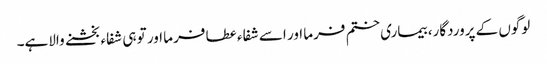
لوگوں کے پروردگار، بیماری ختم فرما اور اسے شفاء عطا فرما اور تو ہی شفاء بخشنے والاہے۔